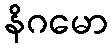
နိဂမော